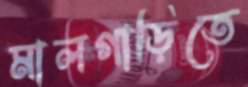
মালগাড়িতে